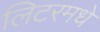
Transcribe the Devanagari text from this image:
लिटरमधे